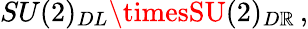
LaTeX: SU(2)_{DL}\timesSU(2)_{D\mathbb{R}}\, ,